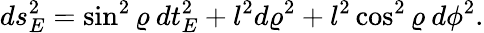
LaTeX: ds_{E}^{2}=\sin^{2}\varrho\: dt_{E}^{2}+l^{2}d\varrho^{2}+l^{2}\cos^{2}\varrho\: d\phi^{2}.